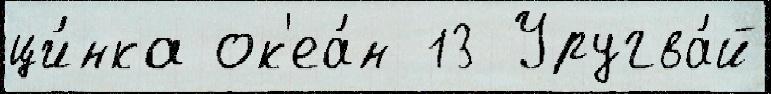
ци́нка ок'еа́н 13 Уругва́й